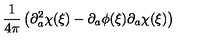
\frac { 1 } { 4 \pi } \left( \partial _ { a } ^ { 2 } \chi ( \xi ) - \partial _ { a } \phi ( \xi ) \partial _ { a } \chi ( \xi ) \right)